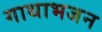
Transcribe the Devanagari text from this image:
गाथाभजन